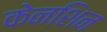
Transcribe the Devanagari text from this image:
केनशिन